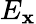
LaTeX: E_{\mathbf{x}}